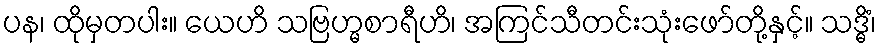
ပန၊ ထိုမှတပါး။ ယေဟိ သဗြဟ္မစာရီဟိ၊ အကြင်သီတင်းသုံးဖော်တို့နှင့်။ သဒ္ဓိံ၊